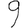
Digit: 9